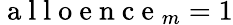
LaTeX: \mathrm{~a~l~l~o~e~n~c~e~}_{m}=1